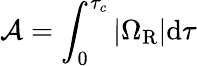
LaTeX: \mathcal{A}=\int_{0}^{\tau_{c}}|\Omega_{\mathrm{R}}|\mathrm{d}\tau